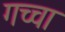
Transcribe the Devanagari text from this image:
गच्चा